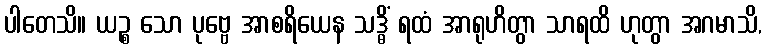
ပါတေသိ။ ယဉ္စ သော ပုဗ္ဗေ အာစရိယေန သဒ္ဓိံ ရထံ အာရုဟိတွာ သာရထိ ဟုတွာ အဂမာသိ,